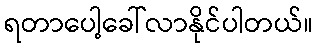
ရတာပေါ့ခေါ်လာနိုင်ပါတယ်။